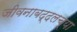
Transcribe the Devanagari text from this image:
जीवनाबद्दलच्या